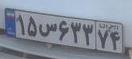
۱۵س۶۳۳۷۴